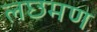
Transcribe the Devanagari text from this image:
लछमण